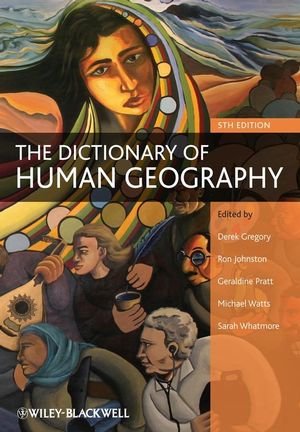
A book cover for The Dictionary of Human Geography; Politics & Social Sciences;